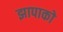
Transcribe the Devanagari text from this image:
झापाको